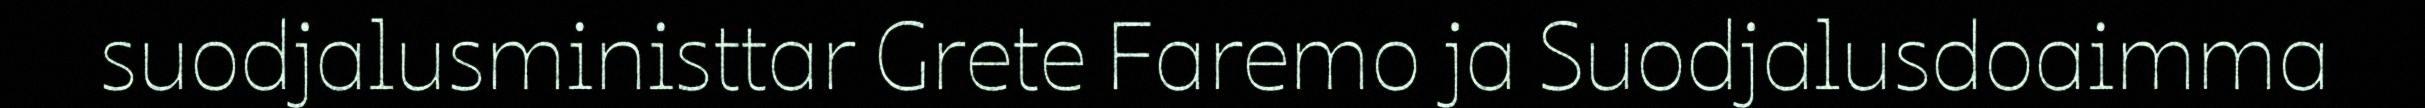
suodjalusministtar Grete Faremo ja Suodjalusdoaimma